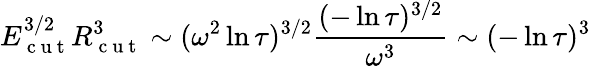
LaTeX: E_{\mathrm{~c~u~t~}}^{3/2}R_{\mathrm{~c~u~t~}}^{3}\sim(\omega^{2}\ln{\tau})^{3/2}\frac{(-\ln{\tau})^{3/2}}{\omega^{3}}\sim(-\ln{\tau})^{3}